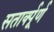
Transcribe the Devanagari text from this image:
सतार्क्पूर्ण